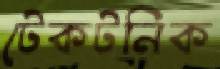
টেকটনিক